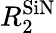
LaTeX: R_{2}^{\textrm{SiN}}